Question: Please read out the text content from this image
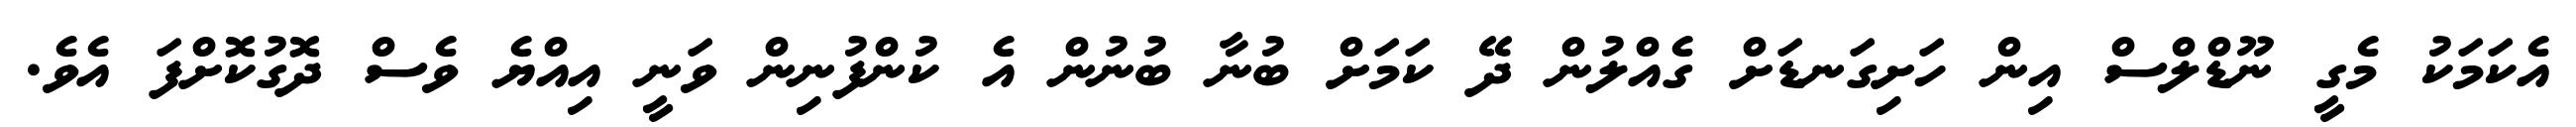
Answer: އެކަމަކު މެގީ ނޫޑްލްސް އިން ހަށިގަނޑަށް ގެއްލުން ދޭ ކަމަށް ބުނާ ބުނުން އެ ކުންފުނިން ވަނީ އިއްޔެ ވެސް ދޮގުކޮށްފަ އެވެ.